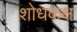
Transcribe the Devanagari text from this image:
शोधकक्ष